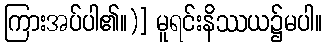
ကြားအပ်ပါ၏။)] မူရင်းနိဿယ၌မပါ။